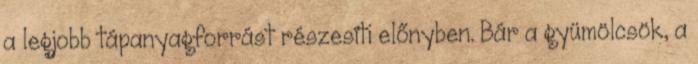
a legjobb tápanyagforrást részesíti előnyben. Bár a gyümölcsök, a